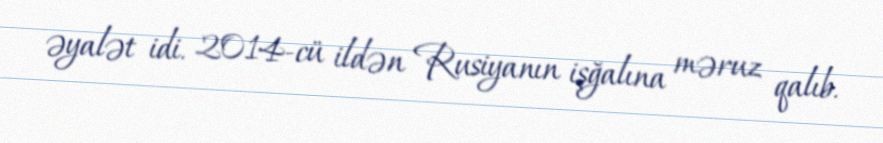
əyalət idi. 2014-cü ildən Rusiyanın işğalına məruz qalıb.